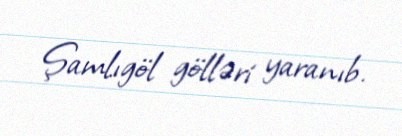
Şamlıgöl gölləri yaranıb.